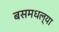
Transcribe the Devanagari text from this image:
बसमधल्या